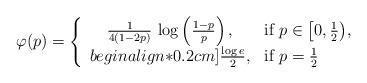
LaTeX: \begin{align*}\varphi(p) = \left\{\begin{array}{cl}\frac{1}{4(1-2p)} \, \log \left( \frac{1-p}{p} \right), & \mbox{if $p \in\bigl[0, \frac{1}{2} \bigr)$,} \\begin{align*}0.2cm]\frac{\log e}{2}, & \mbox{if $p=\frac{1}{2}$}\end{array}\right.\end{align*}